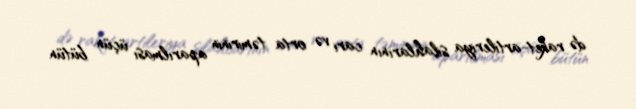
də raket-artileriya silahlarının cari və orta təmirinin aparılması üçün bütün